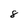
Character: 8